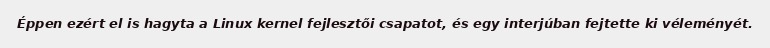
Éppen ezért el is hagyta a Linux kernel fejlesztői csapatot, és egy interjúban fejtette ki véleményét.